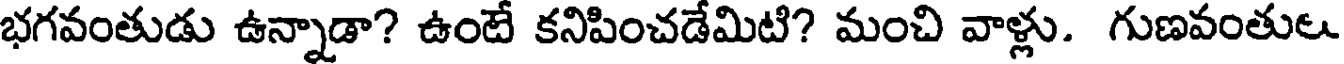
భగవంతుడు ఉన్నాడా? ఉంటే కనిపించడేమిటి? మంచి వాళ్లు. గుణవంతులు